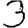
Digit: 3